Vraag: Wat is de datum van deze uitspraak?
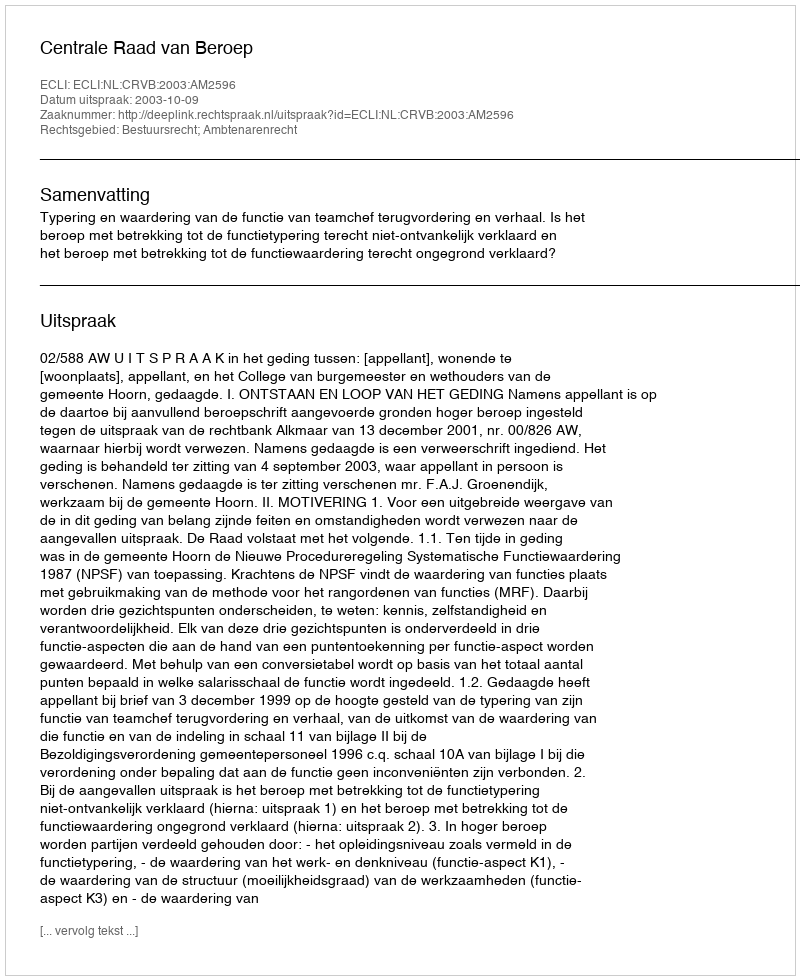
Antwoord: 2003-10-09